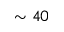
\sim 4 0